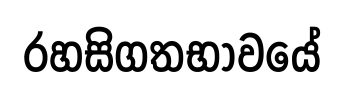
රහසිගතභාවයේ